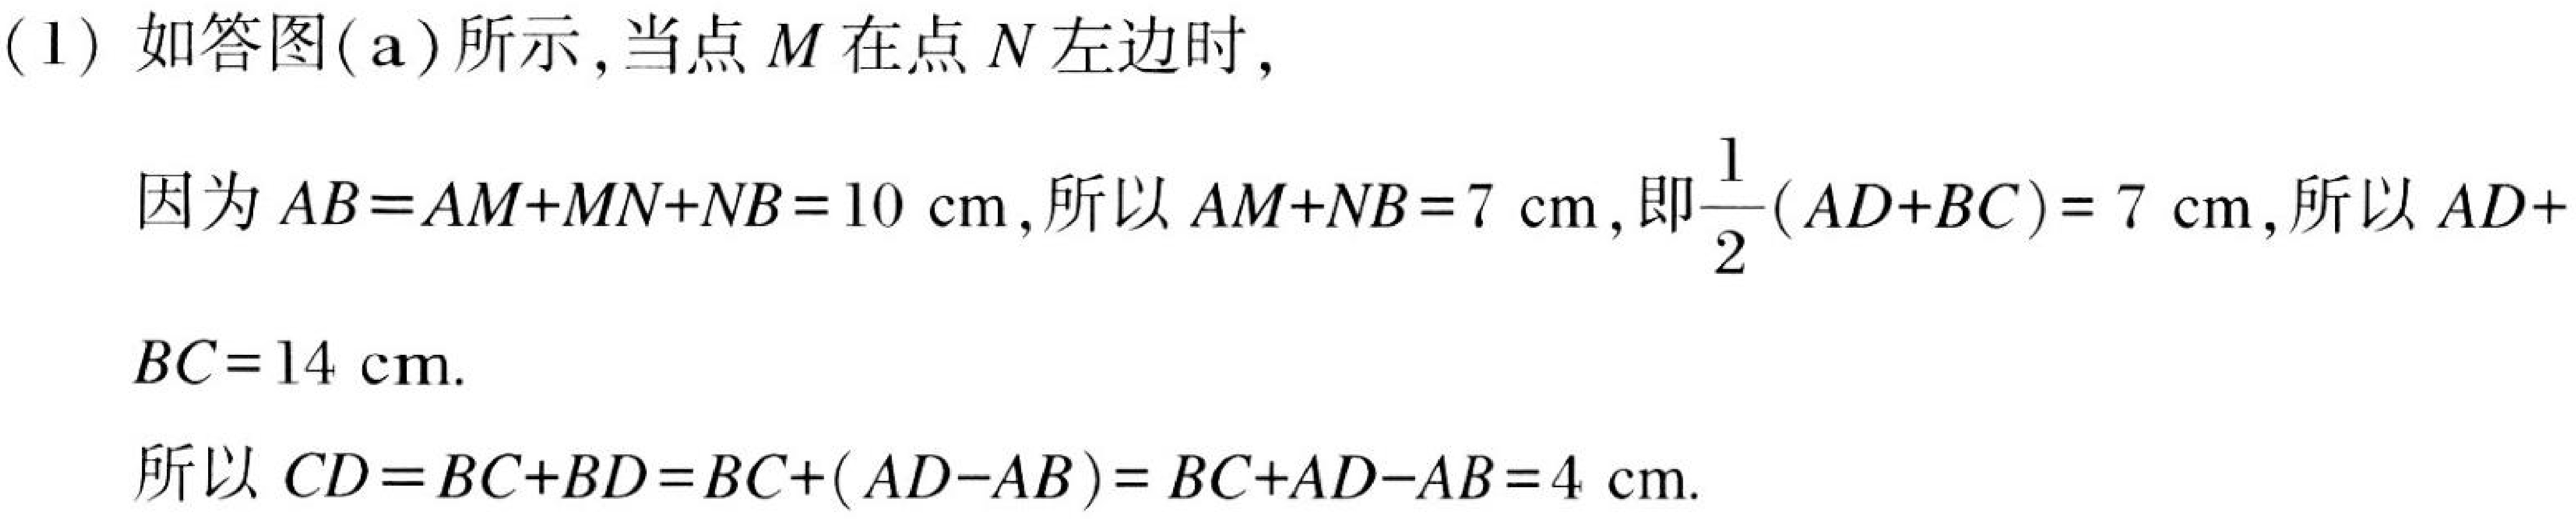
(1)如答图(a)所示,当点\(M\)在点\(N\)左边时,
因为\(AB = AM + MN+NB = 10\mathrm{cm}\),所以\(AM + NB = 7\mathrm{cm}\),即\(\frac{1}{2}(AD + BC)=7\mathrm{cm}\),所以\(AD +
\(BC = 14\mathrm{cm}\).
所以\(CD = BC + BD = BC+(AD - AB)=BC + AD - AB = 4\mathrm{cm}\).